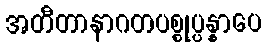
အတီတာနာဂတပစ္စုပ္ပန္နာပေ